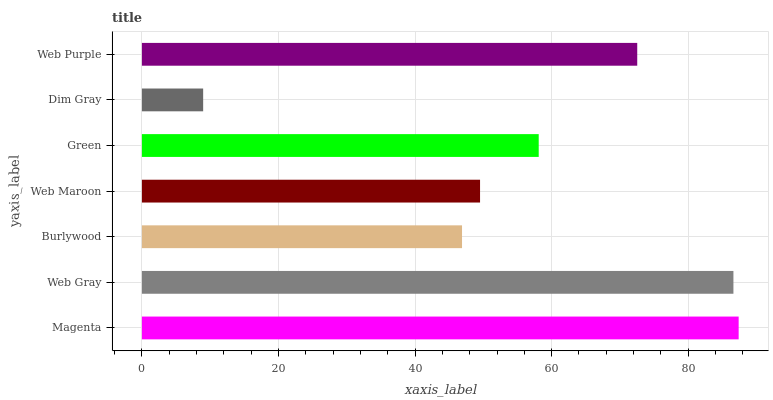
| yaxis_label | bars |
 | --- | --- |
 | Magenta | 87.4 |
 | Web Gray | 86.6 |
 | Burlywood | 46.9 |
 | Web Maroon | 49.5 |
 | Green | 58.1 |
 | Dim Gray | 8.97 |
 | Web Purple | 72.5 |